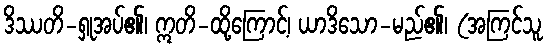
ဒိဿတိ-ရှုအပ်၏၊ ဣတိ-ထို့ကြောင့်၊ ယာဒိသော-မည်၏၊ (အကြင်သူ